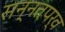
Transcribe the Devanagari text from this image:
सन्नतपर्व